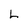
Character: L